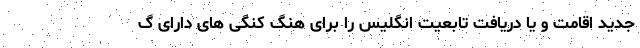
جدید اقامت و یا دریافت تابعیت انگلیس را برای هنگ کنگی های دارای گ